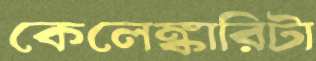
কেলেঙ্কারিটা